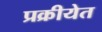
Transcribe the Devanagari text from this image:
प्रक्रीयेत